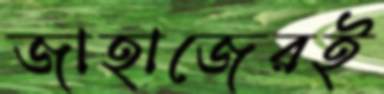
জাহাজেরই